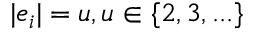
| e _ { i } | = u , u \in \{ 2 , 3 , . . . \}